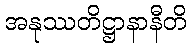
အနုဿတိဋ္ဌာနာနီတိ